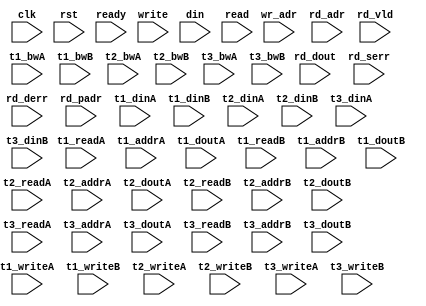
/*
 * Copyright (C) 2011 Memoir Systems Inc. These coded instructions, statements, and computer programs are
 * Confidential Proprietary Information of Memoir Systems Inc. and may not be disclosed to third parties
 * or copied in any form, in whole or in part, without the prior written consent of Memoir Systems Inc.
 * 
 * */

module algo_3r1w_a91_sva_wrap
#(parameter IP_WIDTH = 32, parameter IP_BITWIDTH = 5, parameter IP_DECCBITS = 7, parameter IP_NUMADDR = 8192, parameter IP_BITADDR = 13, 
parameter IP_NUMVBNK = 4,	parameter IP_BITVBNK = 2, parameter IP_BITPBNK = 3,
parameter IP_ENAECC = 0, parameter IP_ENAPAR = 0, parameter IP_SECCBITS = 4, parameter IP_SECCDWIDTH = 3, 
parameter FLOPECC = 0, parameter FLOPIN = 0, parameter FLOPOUT = 0, parameter FLOPCMD = 0, parameter FLOPMEM = 0,

//Special Params.
parameter IP_NUMVROW1 = 8192,	//Num rows for Higher level algo ... = T3_NUMBNKS*T1_NUMVROW
parameter IP_BITVROW1 = 13, 	// lg of above
parameter IP_BITPBNK2 = 3,		// lg of (T3_NUMBNKS+1)

parameter T1_WIDTH = 49, parameter T1_NUMVBNK = 8, parameter T1_BITVBNK = 3, parameter T1_DELAY = 1, parameter T1_NUMVROW = 2048, parameter T1_BITVROW = 11,
parameter T1_BITWSPF = 0, parameter T1_NUMWRDS = 1, parameter T1_BITWRDS = 1, parameter T1_NUMSROW = 2048, parameter T1_BITSROW = 11, parameter T1_PHYWDTH = 49,
parameter T2_WIDTH = 49, parameter T2_NUMVBNK = 2, parameter T2_BITVBNK = 1, parameter T2_DELAY = 1, parameter T2_NUMVROW = 2048, parameter T2_BITVROW = 11,
parameter T2_BITWSPF = 0, parameter T2_NUMWRDS = 1, parameter T2_BITWRDS = 1, parameter T2_NUMSROW = 2048, parameter T2_BITSROW = 11, parameter T2_PHYWDTH = 49,
parameter T3_WIDTH = 49, parameter T3_NUMVBNK = 4, parameter T3_BITVBNK = 2, parameter T3_DELAY = 1, parameter T3_NUMVROW = 2048, parameter T3_BITVROW = 11,
parameter T3_BITWSPF = 0, parameter T3_NUMWRDS = 1, parameter T3_BITWRDS = 1, parameter T3_NUMSROW = 2048, parameter T3_BITSROW = 11, parameter T3_PHYWDTH = 49)
( clk,  rst,  ready,
 write,  wr_adr,  din,
 read,  rd_adr,  rd_dout,  rd_vld,  rd_serr,  rd_derr,  rd_padr,
 t1_readA,  t1_writeA,  t1_addrA,  t1_dinA,  t1_bwA,  t1_doutA,
 t1_readB,  t1_writeB,  t1_addrB,  t1_dinB,  t1_bwB,  t1_doutB,
 t2_readA,  t2_writeA,  t2_addrA,  t2_dinA,  t2_bwA,  t2_doutA,
 t2_readB,  t2_writeB,  t2_addrB,  t2_dinB,  t2_bwB,  t2_doutB,
 t3_readA,  t3_writeA,  t3_addrA,  t3_dinA,  t3_bwA,  t3_doutA,
 t3_readB,  t3_writeB,  t3_addrB,  t3_dinB,  t3_bwB,  t3_doutB);
 
 
  parameter WIDTH = IP_WIDTH;
  parameter BITWDTH = IP_BITWIDTH;
  parameter PARITY = 1;
  parameter MEMWDTH = WIDTH+PARITY;
  parameter NUMADDR = IP_NUMADDR;
  parameter BITADDR = IP_BITADDR;
  parameter NUMVROW1 = IP_NUMVROW1;   // ALGO1 Parameters
  parameter BITVROW1 = IP_BITVROW1;
  parameter NUMVBNK1 = T2_NUMVBNK;
  parameter BITVBNK1 = T2_BITVBNK;
  parameter BITPBNK1 = IP_BITPBNK;
  parameter NUMWRDS1 = T3_NUMWRDS;
  parameter BITWRDS1 = T3_BITWRDS;
  parameter NUMSROW1 = T3_NUMSROW;
  parameter BITSROW1 = T3_BITSROW;
  parameter PHYWDTH1 = NUMWRDS1*MEMWDTH;
  parameter FLOPIN1 = FLOPIN;
  parameter FLOPOUT1 = FLOPOUT;
  parameter NUMVROW2 = T1_NUMVROW;    // ALGO2 Parameters
  parameter BITVROW2 = T1_BITVROW;
  parameter NUMVBNK2 = T3_NUMVBNK;
  parameter BITVBNK2 = T3_BITVBNK;
  parameter BITPBNK2 = IP_BITPBNK2;
  parameter NUMWRDS2 = T1_NUMWRDS;      // ALIGN Parameters
  parameter BITWRDS2 = T1_BITWRDS;
  parameter NUMSROW2 = T1_NUMSROW;
  parameter BITSROW2 = T1_BITSROW;
  parameter PHYWDTH2 = NUMWRDS2*MEMWDTH;
  parameter FLOPIN2 = 0;
  parameter FLOPOUT2 = 0;
  parameter SRAM_DELAY = T1_DELAY;

  parameter BITPADR3 = BITVBNK2+BITSROW2+BITWRDS2+1;
  parameter BITPADR2 = BITPBNK2+BITSROW2+BITWRDS2+1;
  parameter BITPADR1 = BITPBNK1+BITPADR2+1;
  
  input                          write;
  input [BITADDR-1:0]            wr_adr;
  input [WIDTH-1:0]              din;

  input [3-1:0]                  read;
  input [3*BITADDR-1:0]          rd_adr;
  input [3-1:0]                 rd_vld;
  input [3*WIDTH-1:0]           rd_dout;
  input [3-1:0]                 rd_serr;
  input [3-1:0]                 rd_derr;
  input [3*BITPADR1-1:0]        rd_padr;

  input                         ready;
  input                          clk, rst;

  input [NUMVBNK1*NUMVBNK2-1:0] t1_readA;
  input [NUMVBNK1*NUMVBNK2-1:0] t1_writeA;
  input [NUMVBNK1*NUMVBNK2*BITSROW2-1:0] t1_addrA;
  input [NUMVBNK1*NUMVBNK2*PHYWDTH2-1:0] t1_bwA;
  input [NUMVBNK1*NUMVBNK2*PHYWDTH2-1:0] t1_dinA;
  input [NUMVBNK1*NUMVBNK2*PHYWDTH2-1:0] t1_doutA;

  input [NUMVBNK1*NUMVBNK2-1:0] t1_readB;
  input [NUMVBNK1*NUMVBNK2-1:0] t1_writeB;
  input [NUMVBNK1*NUMVBNK2*BITSROW2-1:0] t1_addrB;
  input [NUMVBNK1*NUMVBNK2*PHYWDTH2-1:0] t1_bwB;
  input [NUMVBNK1*NUMVBNK2*PHYWDTH2-1:0] t1_dinB;
  input [NUMVBNK1*NUMVBNK2*PHYWDTH2-1:0] t1_doutB;

  input [NUMVBNK1-1:0] t2_readA;
  input [NUMVBNK1-1:0] t2_writeA;
  input [NUMVBNK1*BITSROW2-1:0] t2_addrA;
  input [NUMVBNK1*PHYWDTH2-1:0] t2_bwA;
  input [NUMVBNK1*PHYWDTH2-1:0] t2_dinA;
  input [NUMVBNK1*PHYWDTH2-1:0] t2_doutA;

  input [NUMVBNK1-1:0] t2_readB;
  input [NUMVBNK1-1:0] t2_writeB;
  input [NUMVBNK1*BITSROW2-1:0] t2_addrB;
  input [NUMVBNK1*PHYWDTH2-1:0] t2_bwB;
  input [NUMVBNK1*PHYWDTH2-1:0] t2_dinB;
  input [NUMVBNK1*PHYWDTH2-1:0] t2_doutB;

  input [NUMVBNK2-1:0] t3_readA;
  input [NUMVBNK2-1:0] t3_writeA;
  input [NUMVBNK2*BITSROW2-1:0] t3_addrA;
  input [NUMVBNK2*PHYWDTH2-1:0] t3_bwA;
  input [NUMVBNK2*PHYWDTH2-1:0] t3_dinA;
  input [NUMVBNK2*PHYWDTH2-1:0] t3_doutA;

  input [NUMVBNK2-1:0] t3_readB;
  input [NUMVBNK2-1:0] t3_writeB;
  input [NUMVBNK2*BITSROW2-1:0] t3_addrB;
  input [NUMVBNK2*PHYWDTH2-1:0] t3_bwB;
  input [NUMVBNK2*PHYWDTH2-1:0] t3_dinB;
  input [NUMVBNK2*PHYWDTH2-1:0] t3_doutB;

		
endmodule    //algo_3r1w_a91_sva_wrap